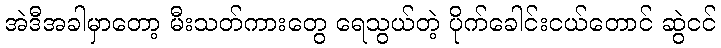
အဲဒီအခါမှာတော့ မီးသတ်ကားတွေ ရေသွယ်တဲ့ ပိုက်ခေါင်းငယ်တောင် ဆွဲငင်